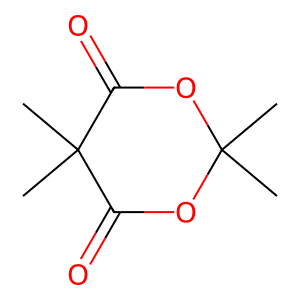
SMILES: CC1(C)OC(=O)C(C)(C)C(=O)O1
Inhibits HIV replication: No